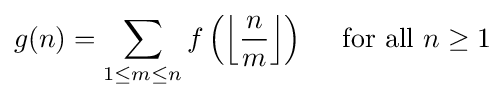
g(n)=\sum _{1\leq m\leq n}f\left(\left\lfloor {\frac {n}{m}}\right\rfloor \right)\quad {\mbox{ for all }}n\geq 1